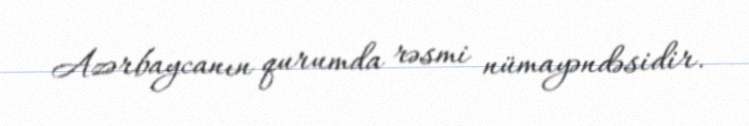
Azərbaycanın qurumda rəsmi nümayəndəsidir.